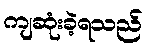
ကျဆုံးခဲ့ရသည်